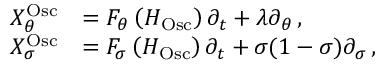
\begin{array} { r l } { X _ { \theta } ^ { \mathrm { O s c } } } & { = F _ { \theta } \left( H _ { \mathrm { O s c } } \right) \partial _ { t } + \lambda \partial _ { \theta } \, , } \\ { X _ { \sigma } ^ { \mathrm { O s c } } } & { = F _ { \sigma } \left( H _ { \mathrm { O s c } } \right) \partial _ { t } + \sigma ( 1 - \sigma ) \partial _ { \sigma } \, , } \end{array}